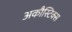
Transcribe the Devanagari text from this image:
अकौस्टिक्स